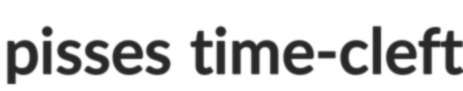
pisses time-cleft